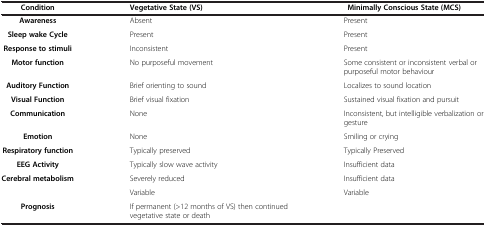
| Condition | Vegetative State (VS) | Minimally Conscious State (MCS) |
 | --- | --- | --- |
 | Awareness | Absent | Present |
 | Sleep wake Cycle | Present | Present |
 | Response to stimuli | Inconsistent | Present |
 | Motor function | No purposeful movement | Some consistent or inconsistent verbal or purposeful motor behaviour |
 | Auditory Function | Brief orienting to sound | Localizes to sound location |
 | Visual Function | Brief visual fixation | Sustained visual fixation and pursuit |
 | Communication | None | Inconsistent, but intelligible verbalization or gesture |
 | Emotion | None | Smiling or crying |
 | Respiratory function | Typically preserved | Typically Preserved |
 | EEG Activity | Typically slow wave activity | Insufficient data |
 | Cerebral metabolism | Severely reduced | Insufficient data |
 |  | Variable | Variable |
 | Prognosis | If permanent (>12 months of VS) then continued vegetative state or death |  |